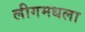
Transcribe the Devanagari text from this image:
लीगमधला